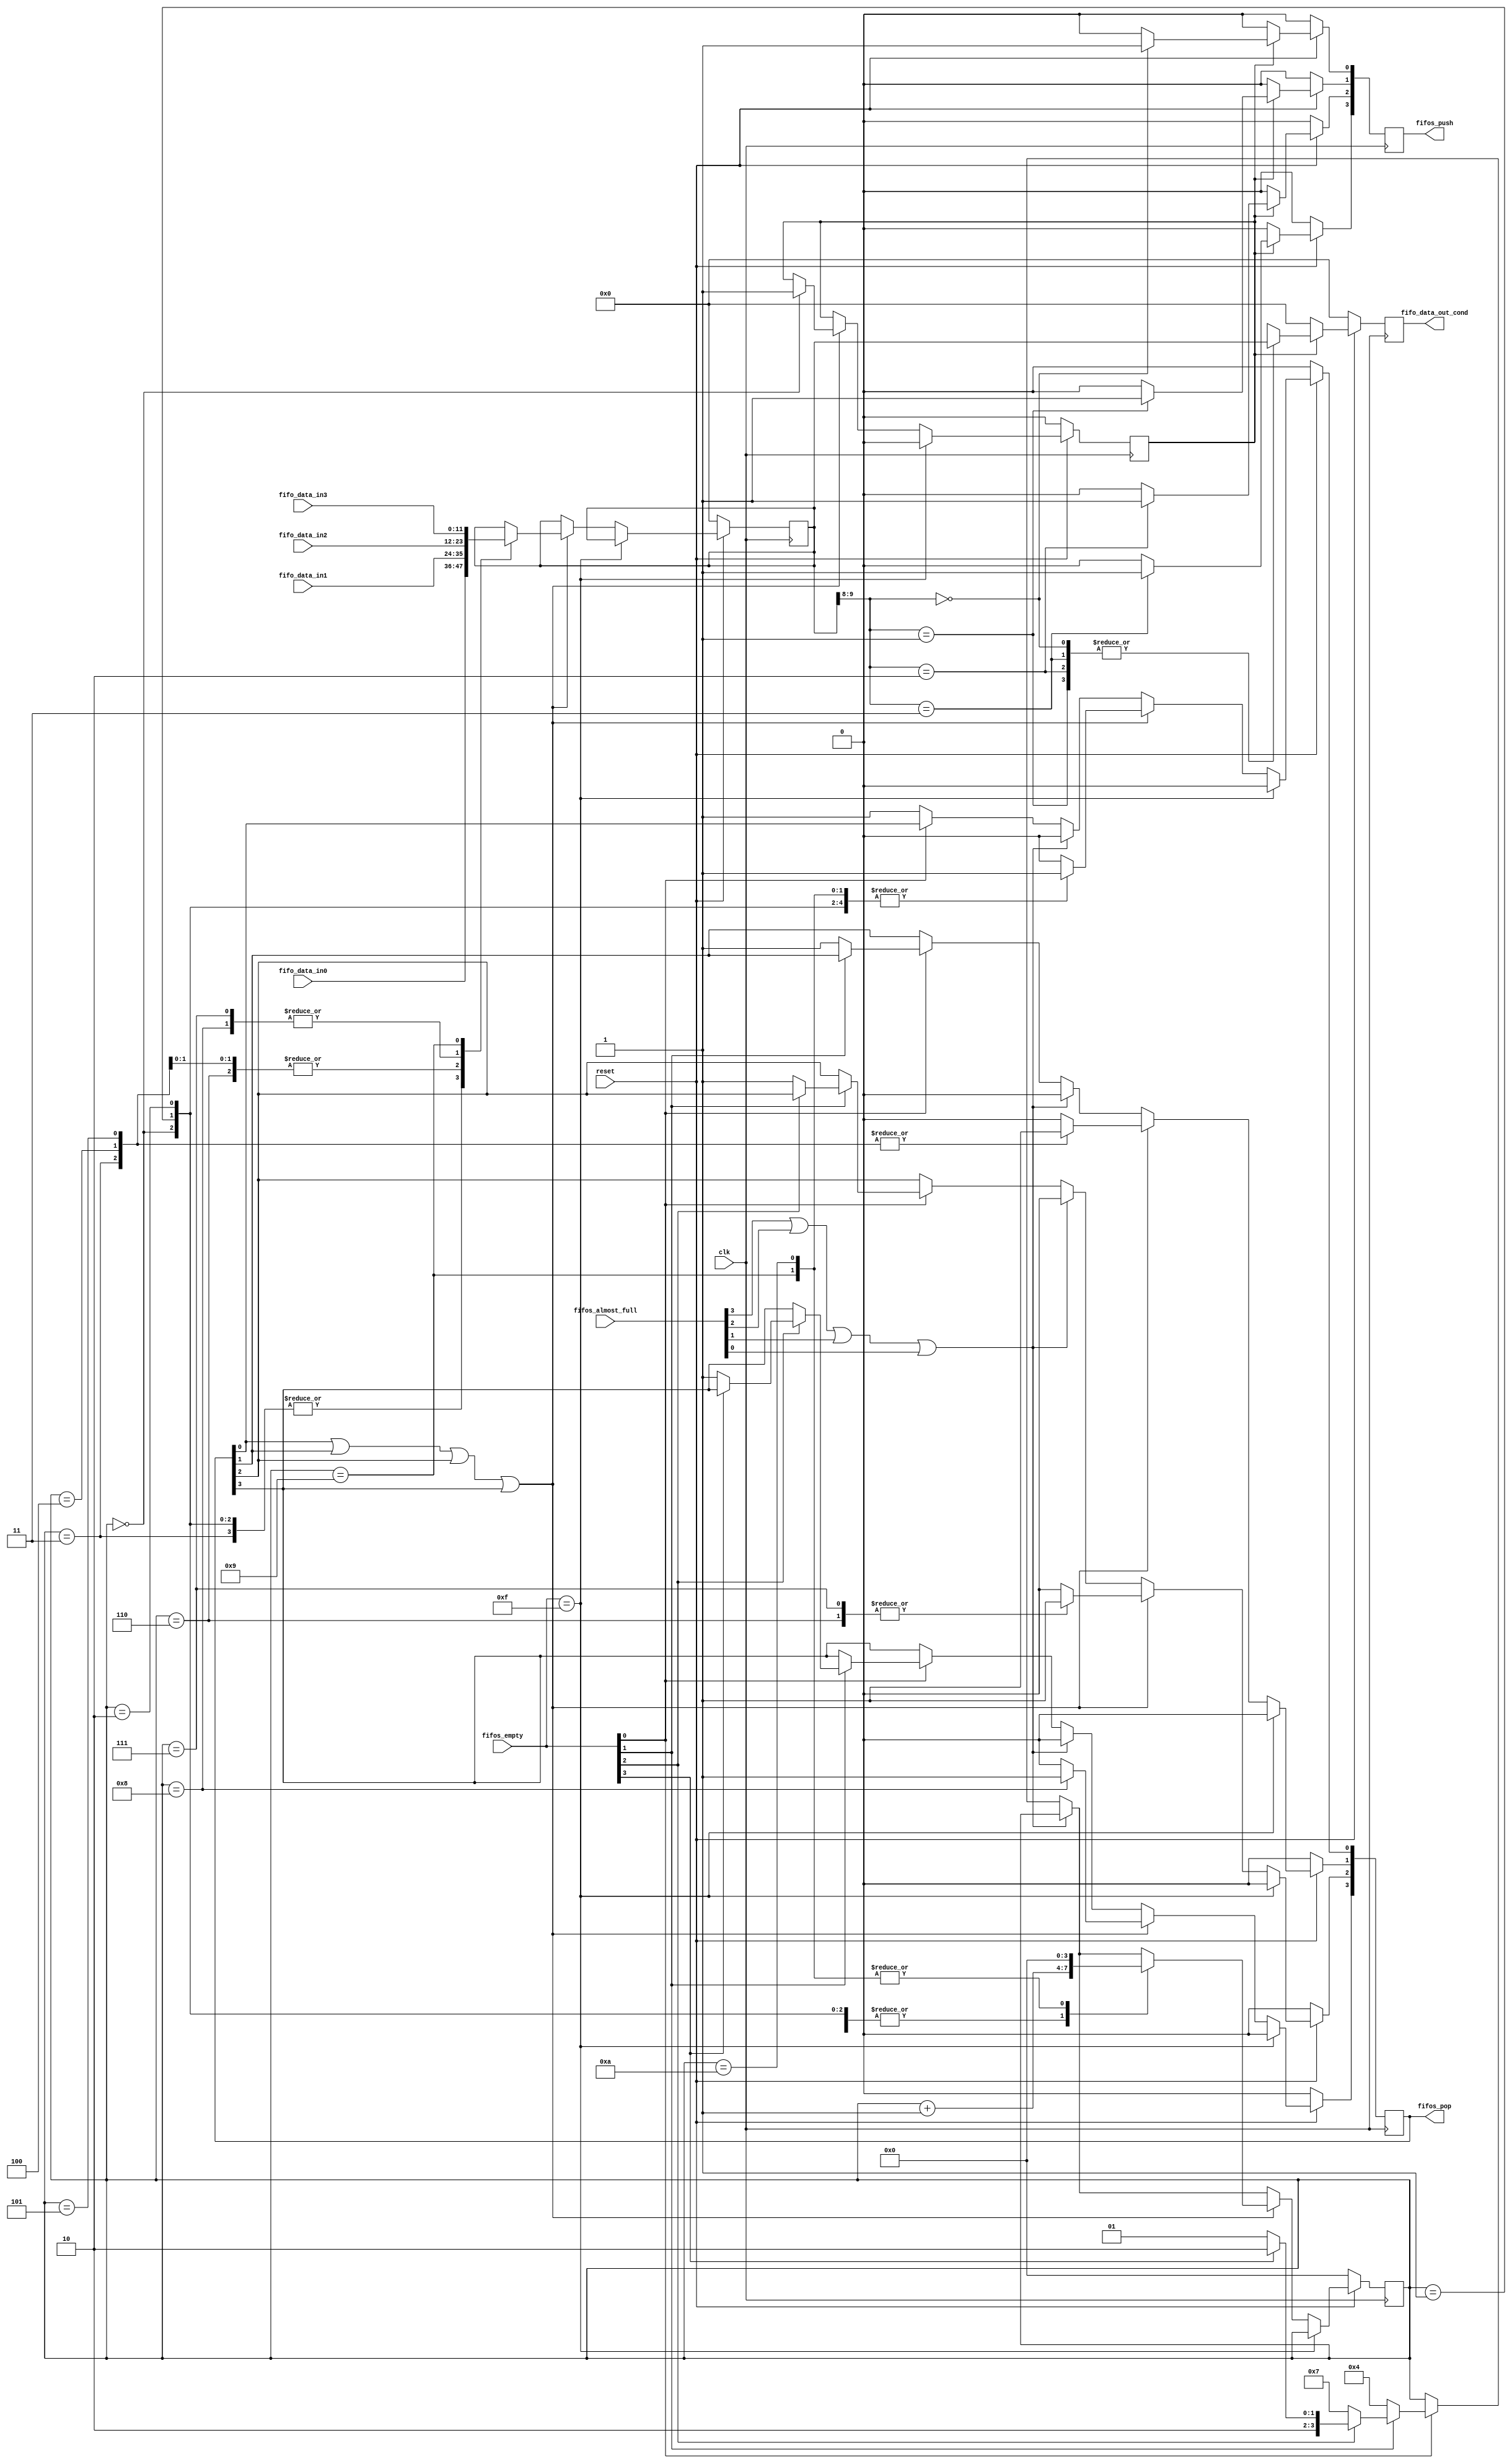
module arbitro1 #(
	// Tamao de cada celda de memoria, [11:10] clase [9:8] destino [7:0] datos
    parameter WORD_SIZE = 12
) (
    input clk,
    input reset,
    input [3:0] fifos_almost_full,
    input [3:0] fifos_empty,
    input [WORD_SIZE-1:0] fifo_data_in0,
    input [WORD_SIZE-1:0] fifo_data_in1,
    input [WORD_SIZE-1:0] fifo_data_in2,
    input [WORD_SIZE-1:0] fifo_data_in3,
    output reg [3:0] fifos_push,
    output reg [3:0] fifos_pop,
    output reg [WORD_SIZE-1:0] fifo_data_out_cond
);  
    reg [WORD_SIZE-1:0] data_intermediate;
    reg do_push;
    reg [1:0] dest;
    reg [3:0] prioridad;

    always @(posedge clk) begin
        if (!reset) begin
            fifos_pop <= 0;
            fifos_push <= 0;
            fifo_data_out_cond <= 0;
            data_intermediate <= 0;
            do_push <= 0; 
            prioridad <= 0;
        end
        else begin
            if (fifos_empty == 4'b1111) begin
                fifos_pop <= 0;
                fifos_push <= 0;
                fifo_data_out_cond <= 0;
                do_push <= 0;
            end
            else begin
                if (fifos_almost_full[3] | fifos_almost_full[2] | fifos_almost_full[1] | fifos_almost_full[0]) begin
                    fifos_pop <= 0;
                    fifos_push <= 0;
                    fifo_data_out_cond <= 0;
                end
                else begin
                    if (fifos_empty[0]) begin
                        if (fifos_empty[1]) begin
                            if (fifos_empty[2]) begin
                                if (fifos_empty[3]) begin
                                    prioridad <= 4'b1010;
                                    fifos_push <= 0;
                                end
                                else begin
                                    prioridad <= 4'b1001;
                                    fifos_pop[3] <= 1;
                                    fifos_push <= 0;
                                end
                            end
                            else begin
                                prioridad <= 4'b0111;
                                fifos_pop[2] <= 1;
                                fifos_push <= 0;
                            end
                        end
                        else begin
                            prioridad <= 4'b0100;
                            fifos_pop[1] <= 1;
                            fifos_push <= 0;
                        end
                    end
                    else begin
                        fifos_pop[0] <= 1;
                        fifos_push <= 0;
                    end
                end
                if (fifos_pop[0] | fifos_pop[1] | fifos_pop[2] | fifos_pop[3]) begin
                    fifos_pop <= 0;
                    case (prioridad)
                        4'b0000: begin
                            fifos_pop[0] <= 1;
                            data_intermediate <= fifo_data_in0;
                            prioridad <= prioridad + 1;
                            do_push <= 1;
                        end
                        4'b0001: begin
                            fifos_pop[0] <= 1;
                            data_intermediate <= fifo_data_in0;
                            prioridad <= prioridad + 1;
                        end
                        4'b0010: begin
                            fifos_pop[0] <= 1;
                            data_intermediate <= fifo_data_in0;
                            prioridad <= prioridad + 1;
                        end
                        4'b0011: begin
                            fifos_pop[1] <= 1;
                            data_intermediate <= fifo_data_in0;
                            prioridad <= prioridad + 1;
                        end
                        4'b0100: begin
                            fifos_pop[1] <= 1;
                            data_intermediate <= fifo_data_in1;
                            prioridad <= prioridad + 1;
                        end
                        4'b0101: begin
                            fifos_pop[1] <= 1;
                            data_intermediate <= fifo_data_in1;
                            prioridad <= prioridad + 1;
                        end
                        4'b0110: begin
                            fifos_pop[2] <= 1;
                            data_intermediate <= fifo_data_in1;
                            prioridad <= prioridad + 1;
                        end
                        4'b0111: begin
                            fifos_pop[2] <= 1;
                            data_intermediate <= fifo_data_in2;
                            prioridad <= prioridad + 1;
                        end
                        4'b1000: begin
                            fifos_pop[3] <= 1;
                            data_intermediate <= fifo_data_in2;
                            prioridad <= prioridad + 1;
                        end
                        4'b1001: begin
                            fifos_pop[0] <= 1;
                            data_intermediate <= fifo_data_in3;
                            prioridad <= 0;
                        end
                        4'b1010: begin
                            fifos_pop[0] <= 1;
                            prioridad <= 0;
                        end
                    endcase
                end
            end
            if (do_push) begin
                case (dest)
                    2'b00: begin
                        fifos_push[0] <= 1;
                        fifo_data_out_cond <= data_intermediate;
                    end
                    2'b01: begin
                        fifos_push[1] <= 1;
                        fifo_data_out_cond <= data_intermediate;
                    end
                    2'b10: begin
                        fifos_push[2] <= 1;
                        fifo_data_out_cond <= data_intermediate;
                    end
                    2'b11: begin
                        fifos_push[3] <= 1;
                        fifo_data_out_cond <= data_intermediate;
                    end
                endcase
            end
            else fifo_data_out_cond <= 0;
        end
    end

    always @(*) begin
        dest = data_intermediate[WORD_SIZE-3:WORD_SIZE-4];
    end
endmodule